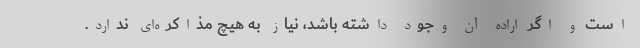
است و اگر اراده آن وجود داشته باشد، نیاز به هیچ مذاکره‌ای ندارد.